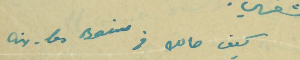
كيف حالك فى aix-les Bains